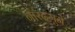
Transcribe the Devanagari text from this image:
नारदमुने